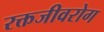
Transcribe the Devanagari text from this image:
रक्तजीवरोग